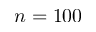
n = 1 0 0